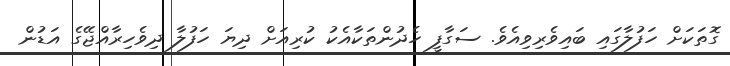
ގޮތަކަށް ހަފުލާގައި ބައިވެރިވިއެވެ. ސަގާފީ ހެދުންތަކާއެކު ކުރިއަށް ދިޔަ ހަފުލާ ދިވެހިރާއްޖޭގެ އަޑުން